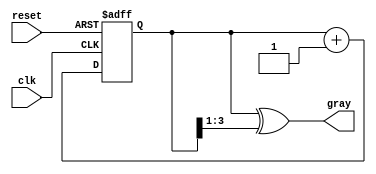
module gray_code_async_counter (
    input wire clk,           // Clock input
    input wire reset,         // Asynchronous reset
    output reg [n-1:0] gray  // Gray code output
);
    parameter n = 4; // Number of bits for the counter

    reg [n-1:0] bin; // Binary representation of the counter

    // Convert binary to Gray code
    function [n-1:0] bin_to_gray;
        input [n-1:0] binary;
        begin
            bin_to_gray = binary ^ (binary >> 1);
        end
    endfunction

    // Asynchronous reset and binary counter logic
    always @(posedge clk or posedge reset) begin
        if (reset) begin
            bin <= 0; // Reset binary counter to 0
        end else begin
            // Increment binary counter
            bin <= bin + 1;
        end
    end

    // Convert binary to Gray code
    always @(*) begin
        gray = bin_to_gray(bin);
    end

endmodule